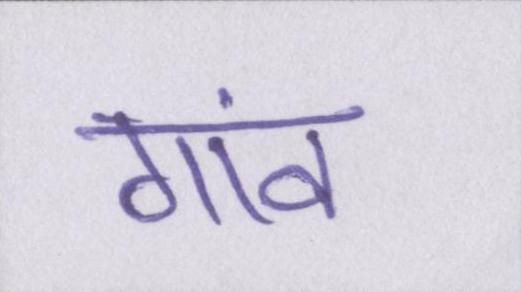
गांव